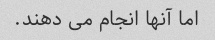
اما آنها انجام می دهند.